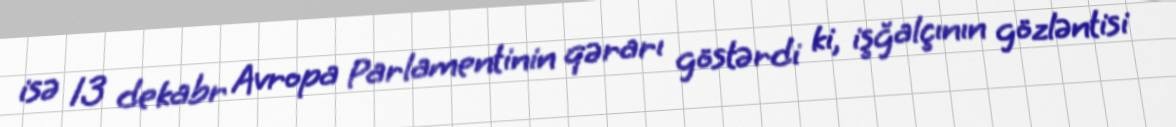
isə 13 dekabr Avropa Parlamentinin qərarı göstərdi ki, işğalçının gözləntisi